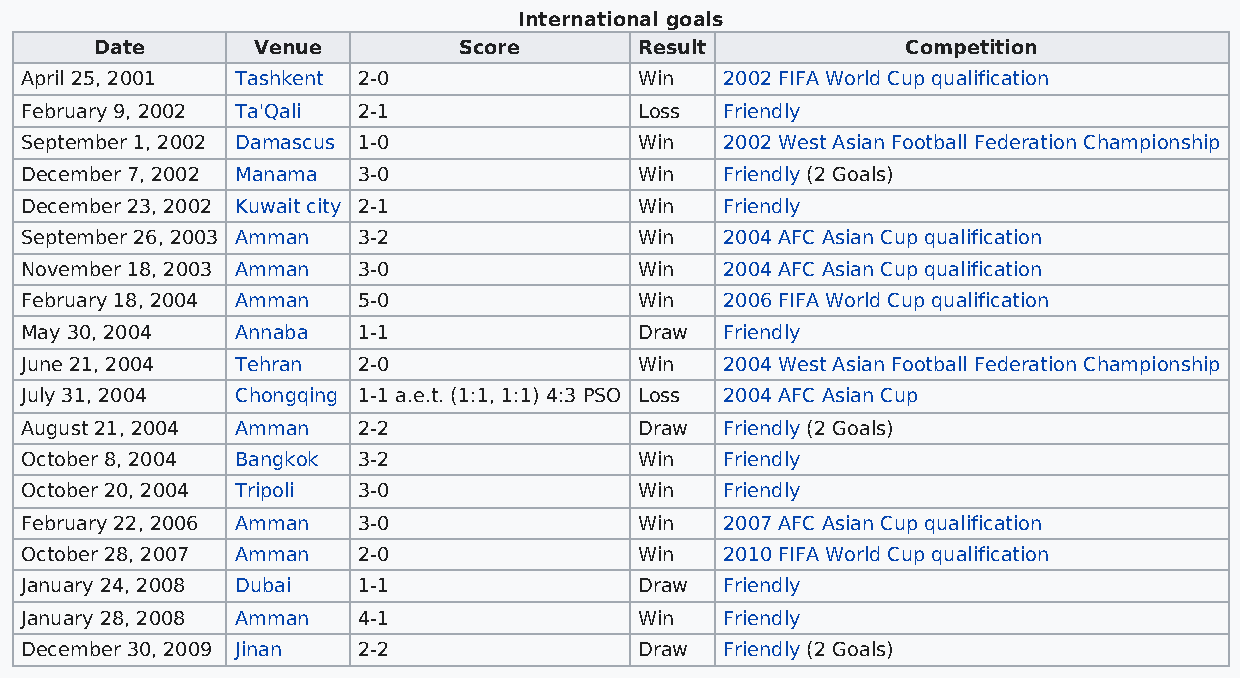
International goals
 Date       Venue        Score       Result            Competition
 April 25, 2001 Tashkent 2-0              Win   2002 FIFA World Cup qualification
 February 9, 2002 Ta'Qali 2-1             Loss  Friendly
 September 1, 2002 Damascus 1-0           Win   2002 West Asian Football Federation Championship
 December 7, 2002 Manama 3-0              Win   Friendly (2 Goals)
 December 23, 2002 Kuwait city 2-1        Win   Friendly
 September 26, 2003 Amman 3-2             Win   2004 AFC Asian Cup qualification
 November 18, 2003 Amman 3-0              Win   2004 AFC Asian Cup qualification
 February 18, 2004 Amman 5-0              Win   2006 FIFA World Cup qualification
 May 30, 2004   Annaba  1-1               Draw  Friendly
 June 21, 2004  Tehran  2-0               Win   2004 West Asian Football Federation Championship
 July 31, 2004  Chongqing 1-1 a.e.t. (1:1, 1:1) 4:3 PSO Loss 2004 AFC Asian Cup
 August 21, 2004 Amman  2-2               Draw  Friendly (2 Goals)
 October 8, 2004 Bangkok 3-2              Win   Friendly
 October 20, 2004 Tripoli 3-0             Win   Friendly
 February 22, 2006 Amman 3-0              Win   2007 AFC Asian Cup qualification
 October 28, 2007 Amman 2-0               Win   2010 FIFA World Cup qualification
 January 24, 2008 Dubai 1-1               Draw  Friendly
 January 28, 2008 Amman 4-1               Win   Friendly
 December 30, 2009 Jinan 2-2              Draw  Friendly (2 Goals)